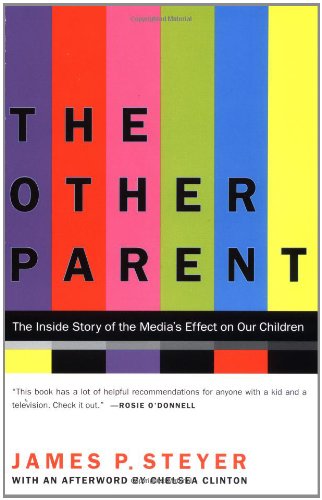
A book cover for The Other Parent: The Inside Story of the Media's Effect on Our Children; James P. Steyer; Parenting & Relationships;